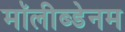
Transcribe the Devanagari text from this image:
मॉलीब्डेनम